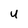
Character: U